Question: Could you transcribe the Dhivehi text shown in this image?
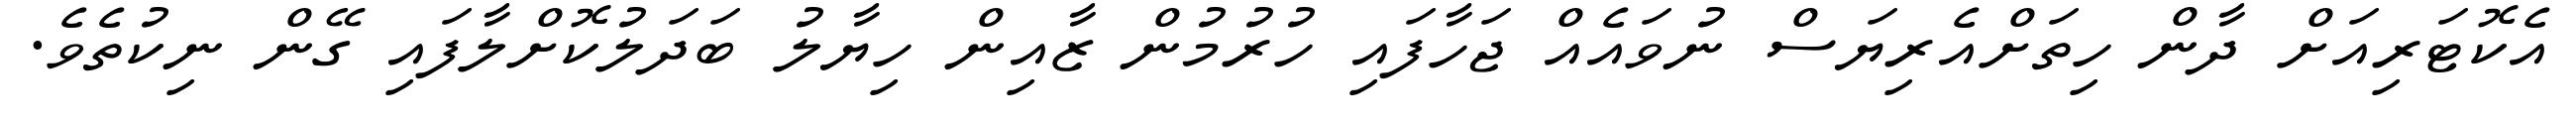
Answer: އެކޮޓަރިއަށް ދާން ހިތަށްއެރިޔަސް ނުވައެއް ޖަހާފައި ހުރުމުން ޒާއިން ހިޔާލު ބަދަލުކޮށްލާފައި ގޭން ނިކުތެވެ.